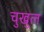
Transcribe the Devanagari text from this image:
चुखुल